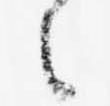
々